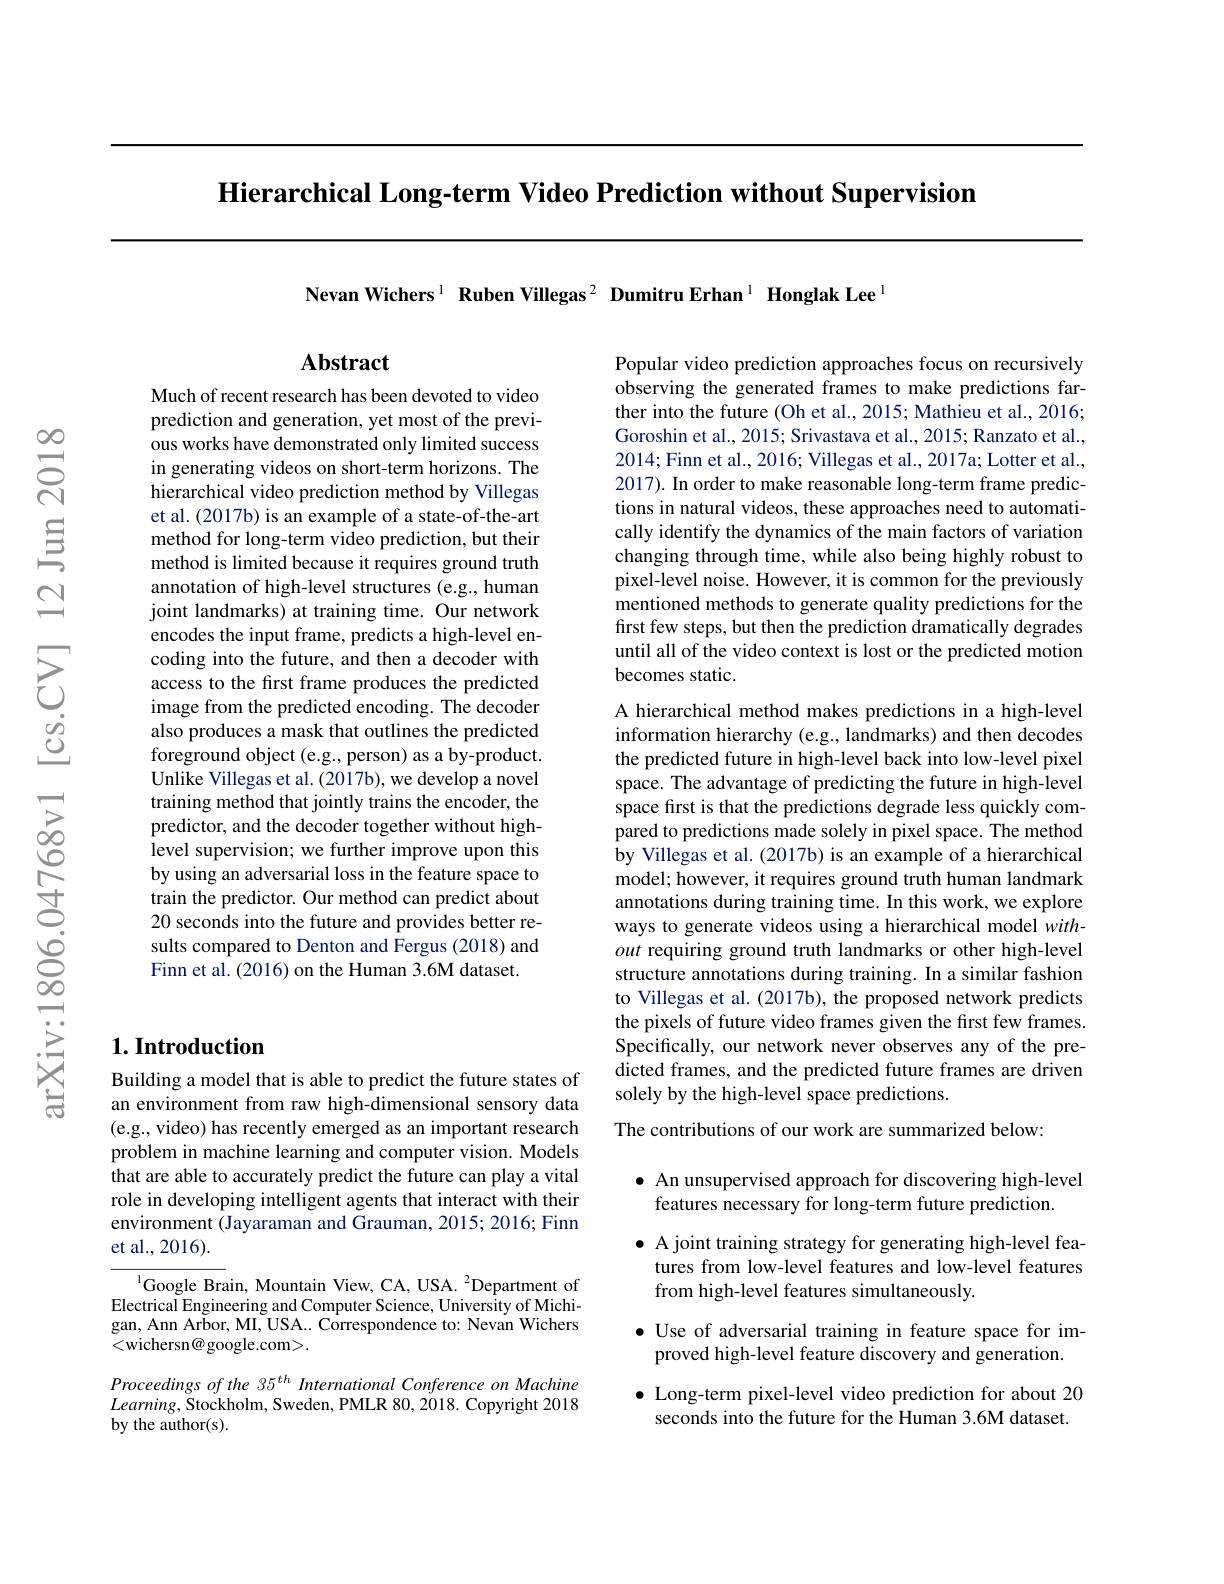
Hierarchical Long-term Video Prediction without Supervision

Nevan Wichers$^1\textbf{Ruben Villegas}^2\textbf{Dumitru Erhan}^1\textbf{Honglak Lee}^1$

## $\mathbf{Abstract}$

Much of recent research has been devoted to video prediction and generation, yet most of the previous works have demonstrated only limited success in generating videos on short-term horizons. The hierarchical video prediction method by Villegas et al. (2017b) is an example of a state-of-the-art method for long-term video prediction, but their method is limited because it requires ground truth annotation of high-level structures (e.g., human joint landmarks) at training time. Our network encodes the input frame, predicts a high-level encoding into the future, and then a decoder with access to the first frame produces the predicted image from the predicted encoding. The decoder also produces a mask that outlines the predicted foreground object (e.g., person) as a by-product. Unlike Villegas et al. (2017b), we develop a novel training method that jointly trains the encoder, the predictor, and the decoder together without highlevel supervision; we further improve upon this by using an adversarial loss in the feature space to train the predictor. Our method can predict about 20 seconds into the future and provides better results compared to Denton and Fergus (2018) and Finn et al. (2016) on the Human 3.6M dataset.

## $1. \textbf{Introduction}$

Building a model that is able to predict the future states of an environment from raw high-dimensional sensory data (e.g., video) has recently emerged as an important research problem in machine learning and computer vision. Models that are able to accurately predict the future can play a vital role in developing intelligent agents that interact with their environment (Jayaraman and Grauman, 2015; 2016; Finn et al., 2016).

${^{1}\text{Google Brain, Mountain View, CA, USA. }^{2}}$Department of Electrical Engineering and Computer Science, University of Michigan, Ann Arbor, MI, USA... Correspondence to: Nevan Wichers <wichersn@google.com>.

Proceedings of the 35$^{th}$ International Conference on Machine $Learning$,Stockholm, Sweden, PMLR 80, 2018. Copyright 2018 by the author(s).

Popular video prediction approaches focus on recursively observing the generated frames to make predictions farther into the future (Oh et al., 2015; Mathieu et al., 2016; Goroshin et al., 2015; Srivastava et al., 2015; Ranzato et al., 2014;Finn et al., 2016; Villegas et al., 2017a; Lotter et al., 2017). In order to make reasonable long-term frame predictions in natural videos, these approaches need to automatically identify the dynamics of the main factors of variation changing through time, while also being highly robust to pixel-level noise. However, it is common for the previously mentioned methods to generate quality predictions for the first few steps, but then the prediction dramatically degrades until all of the video context is lost or the predicted motion becomes static.

A hierarchical method makes predictions in a high-level information hierarchy (e.g., landmarks) and then decodes the predicted future in high-level back into low-level pixel space. The advantage of predicting the future in high-level space first is that the predictions degrade less quickly compared to predictions made solely in pixel space. The method by Villegas et al. (2017b) is an example of a hierarchical model; however, it requires ground truth human landmark annotations during training time. In this work, we explore ways to generate videos using a hierarchical model without requiring ground truth landmarks or other high-level structure annotations during training. In a similar fashion to Villegas et al. (2017b), the proposed network predicts the pixels of future video frames given the first few frames. Specifically, our network never observes any of the predicted frames, and the predicted future frames are driven solely by the high-level space predictions.

The contributions of our work are summarized below:

# $\bullet$ An unsupervised approach for discovering high-level features necessary for long-term future prediction.

$\bullet$ A joint training strategy for generating high-level features from low-level features and low-level features from high-level features simultaneously.

$\bullet$ Use of adversarial training in feature space for im-

proved high-level feature discovery and generation.

$\bullet$ Long-term pixel-level video prediction for about 20

seconds into the future for the Human 3.6M dataset.